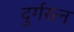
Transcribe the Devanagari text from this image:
दुर्गरत्‍न